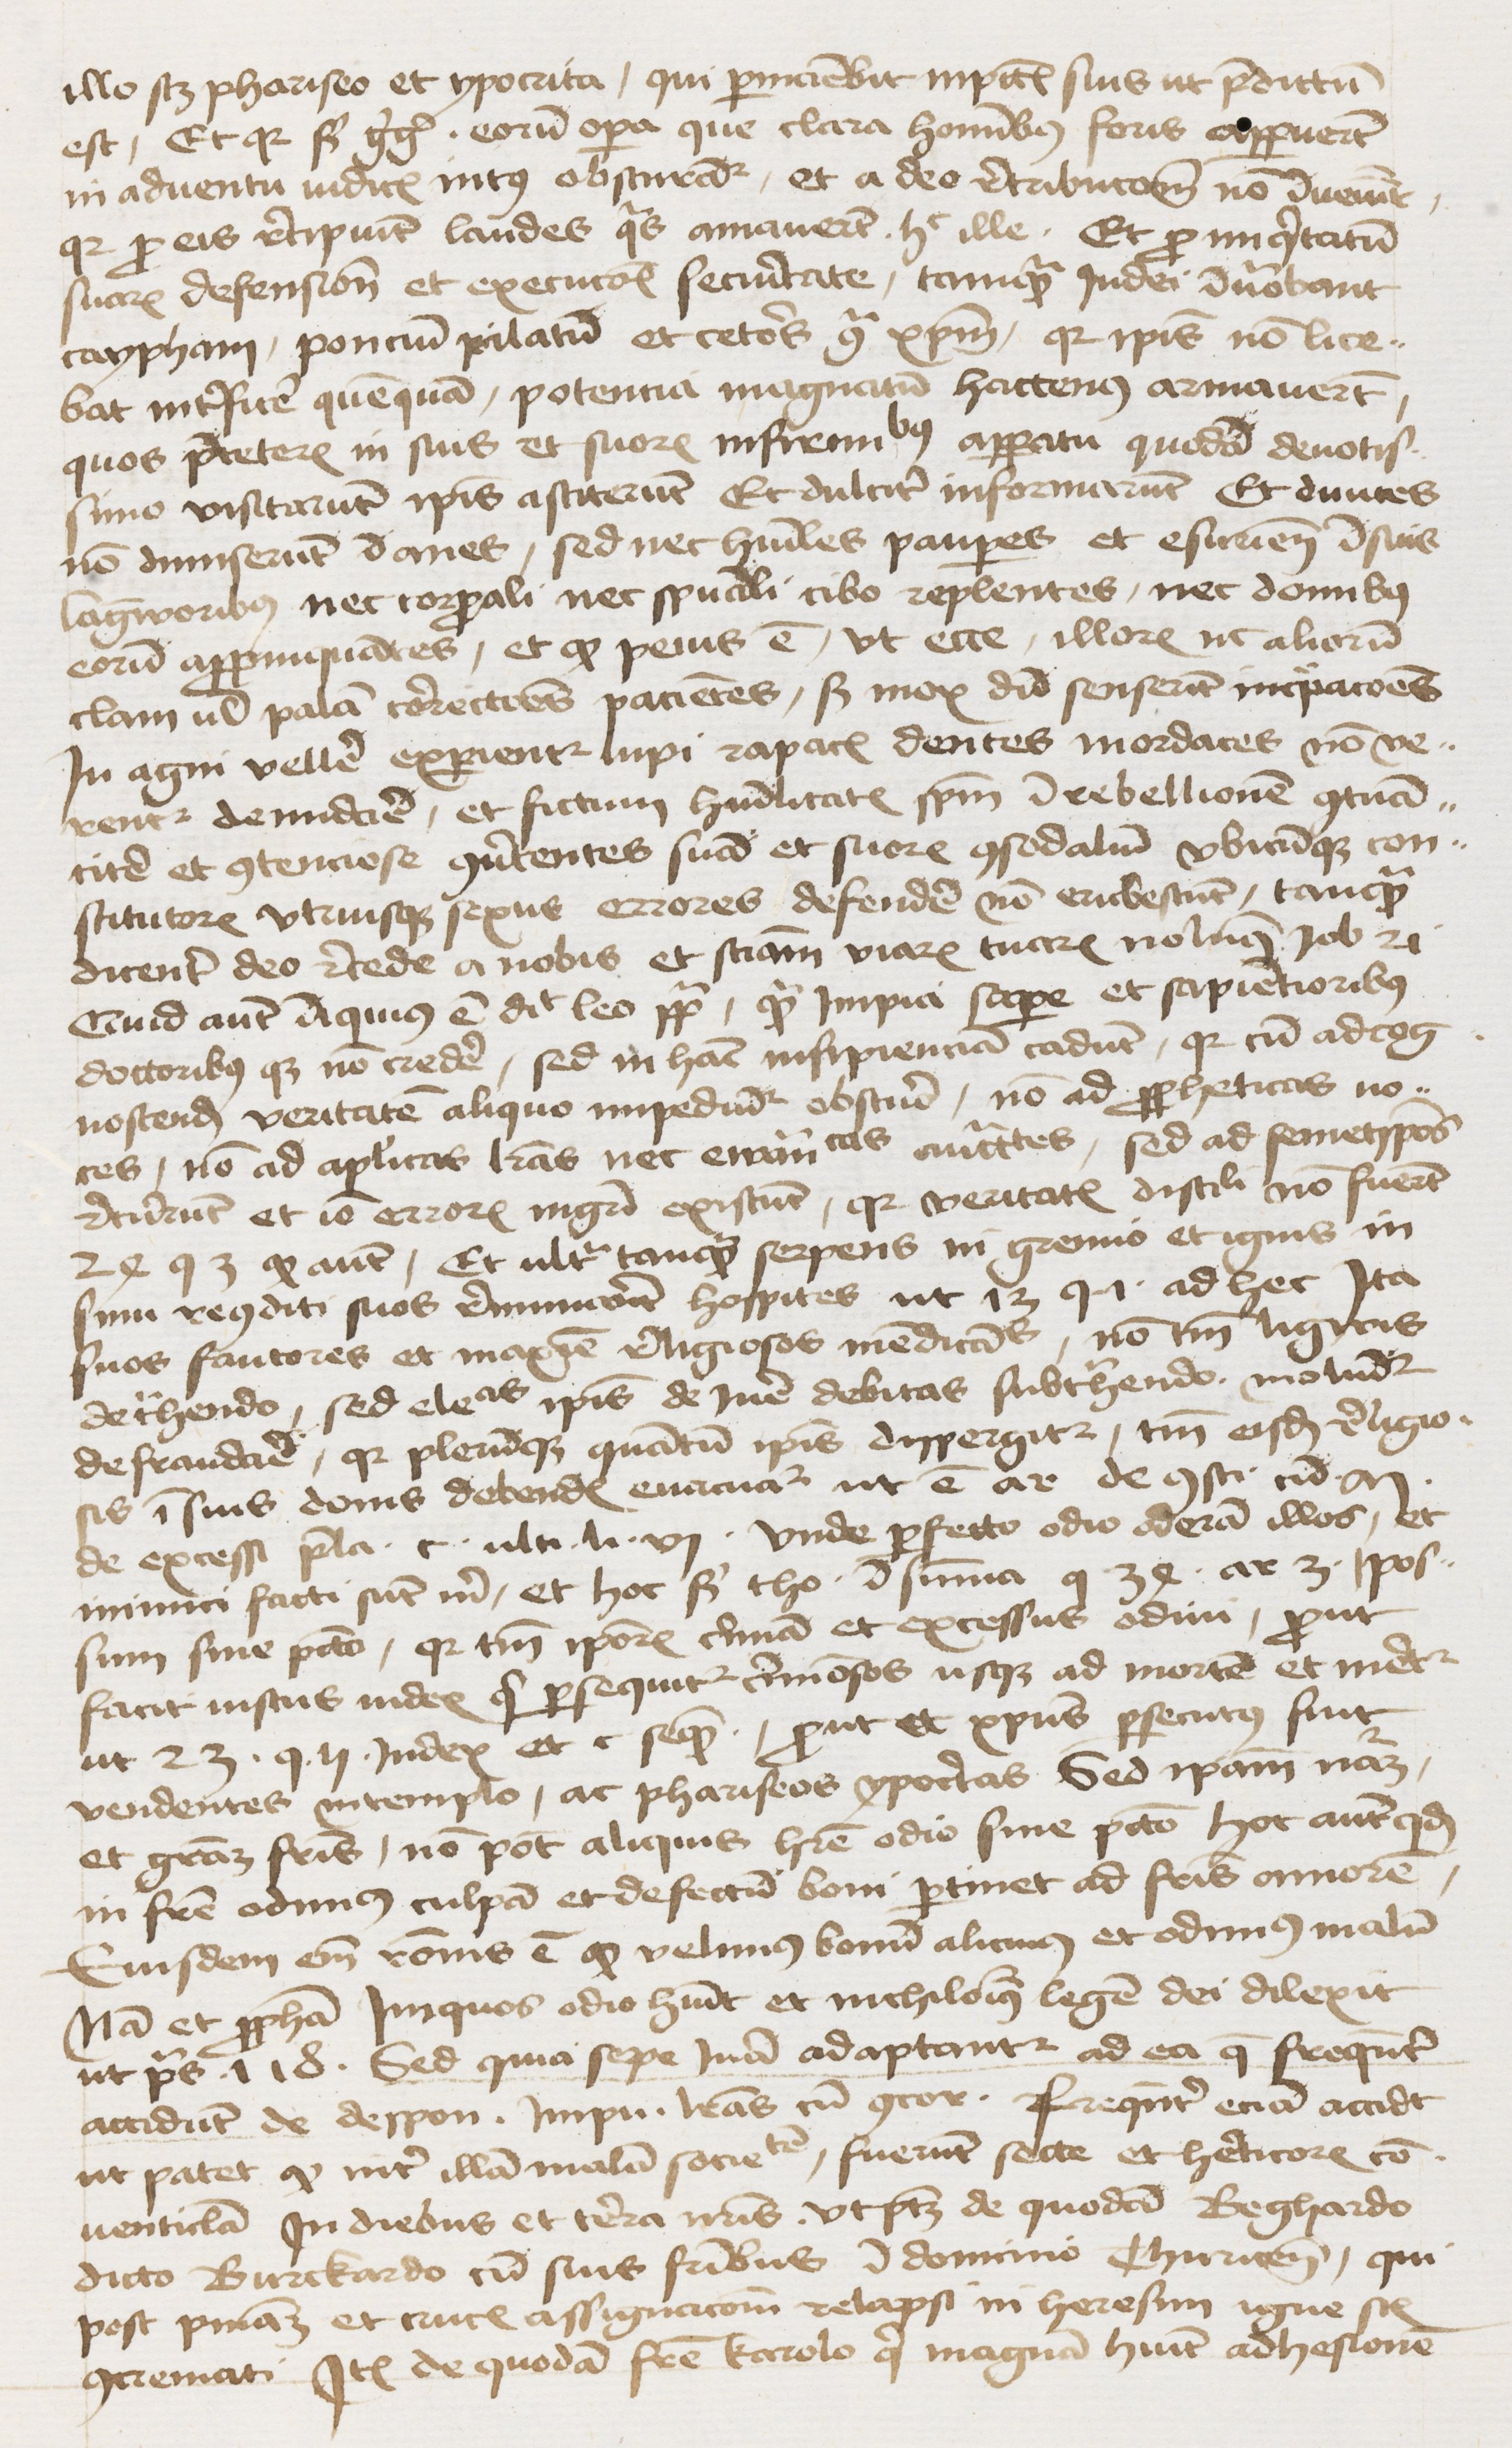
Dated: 1445–1474